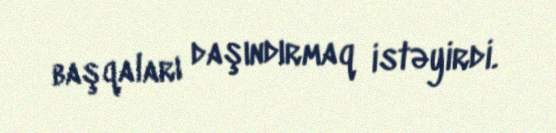
başqaları daşındırmaq istəyirdi.